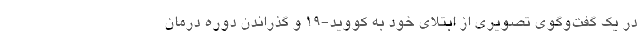
در یک گفت‌وگوی تصویری از ابتلای خود به کووید-19 و گذراندن دوره درمان